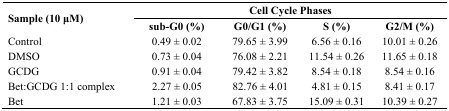
<table><thead><tr><td rowspan="3"><b>Sample (10 μM)</b></td><td colspan="4"><b>Cell Cycle Phases</b></td></tr><tr><td><b>sub-G0 (%)</b></td><td><b>G0/G1 (%)</b></td><td><b>S (%)</b></td><td><b>G2/M (%)</b></td></tr></thead><tbody><tr><td>Control</td><td>0.49 ± 0.02</td><td>79.65 ± 3.99</td><td>6.56 ± 0.16</td><td>10.01 ± 0.26</td></tr><tr><td>DMSO</td><td>0.73 ± 0.04</td><td>76.08 ± 2.21</td><td>11.54 ± 0.26</td><td>11.65 ± 0.18</td></tr><tr><td>GCDG</td><td>0.91 ± 0.04</td><td>79.42 ± 3.82</td><td>8.54 ± 0.18</td><td>8.54 ± 0.16</td></tr><tr><td>Bet:GCDG 1:1 complex</td><td>2.27 ± 0.05</td><td>82.76 ± 4.01</td><td>4.81 ± 0.15</td><td>8.41 ± 0.17</td></tr><tr><td>Bet</td><td>1.21 ± 0.03</td><td>67.83 ± 3.75</td><td>15.09 ± 0.31</td><td>10.39 ± 0.27</td></tr></tbody></table>